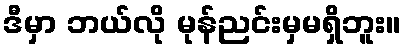
ဒီမှာ ဘယ်လို မုန်ညင်းမှမရှိဘူး။